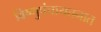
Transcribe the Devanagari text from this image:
विष्णुपंचायतनात